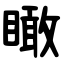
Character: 瞰